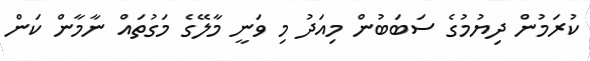
ކުރަމުން ދިޔުމުގެ ސަބަބުން މިއަދު މި ވަނީ މާލޭގެ މަގުތައް ނާމާން ކަން